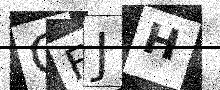
Text: OFJH